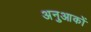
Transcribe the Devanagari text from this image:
अनुआकों